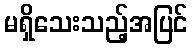
မရှိသေးသည့်အပြင်